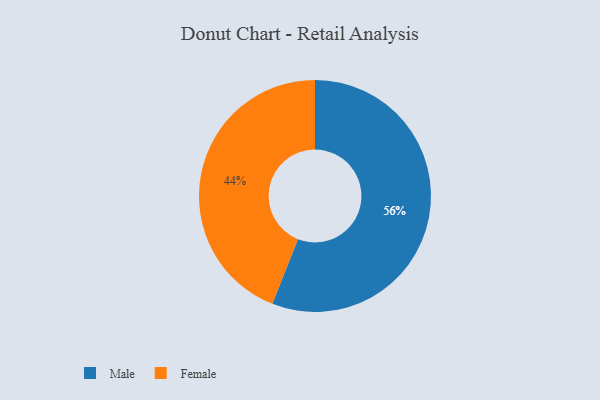
{"axis": {"x": "Category", "y": "Percentage"}, "legend": ["Female", "Male"], "data": [{"x": "Male", "y": 56, "type": "Male"}, {"x": "Female", "y": 44, "type": "Female"}]}